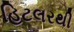
હિટલરથી